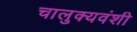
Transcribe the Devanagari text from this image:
चालुक्यवंशी